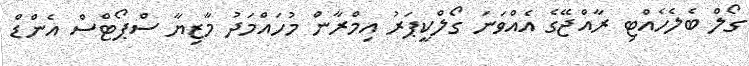
ގޯލް ބެލެހެއްޓި ރާއްޖޭގެ އެއްވަނަ ގޯލްކީޕަރު އިމްރާން މުހައްމަދު މާޒިޔާ ސްޕޯޓްސް އެންޑް